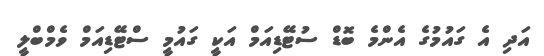
އަދި އެ ގައުމުގެ އެންމެ ބޮޑް ސުޓޭޑިއަމް އަކީ ގައުމީ ސްޓޭޑިއަމް ވެމްބްލީ